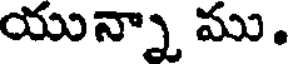
యున్నా ము.